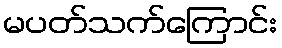
မပတ်သက်ကြောင်း